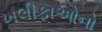
ખલીફાઓનો